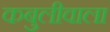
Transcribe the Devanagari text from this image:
कबुलीवाला